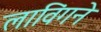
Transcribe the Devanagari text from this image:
लाविंगने